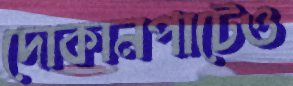
দোকানপাটেও